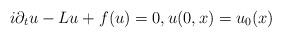
LaTeX: \begin{align*} i \partial_t u - Lu +f(u)=0, u(0,x)=u_{0}(x)\end{align*}